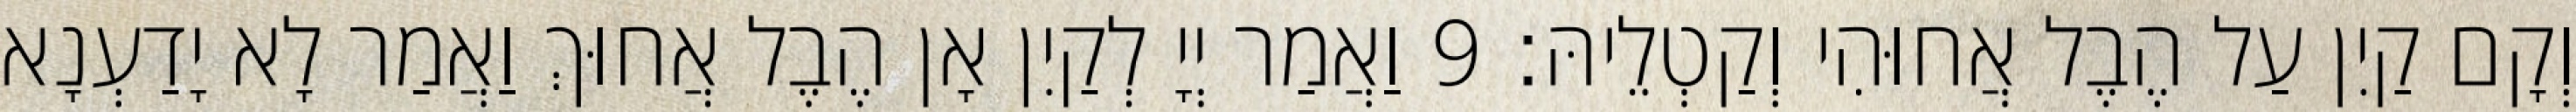
וְקָם קַיִן עַל הֶבֶל אֲחוּהִי וְקַטְלֵיהּ׃ 9 וַאֲמַר יְיָ לְקַיִן אָן הֶבֶל אֲחוּךְ וַאֲמַר לָא יָדַעְנָא